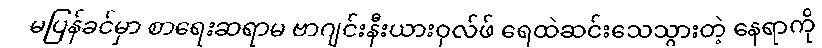
မပြန်ခင်မှာ စာရေးဆရာမ ဗာဂျင်းနီးယားဝုလ်ဖ် ရေထဲဆင်းသေသွားတဲ့ နေရာကို